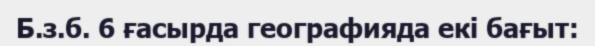
Б.з.б. 6 ғасырда географияда екі бағыт: